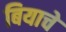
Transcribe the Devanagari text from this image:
बियाचे